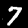
Label: 7